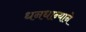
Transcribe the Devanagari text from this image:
धनधान्याने